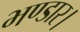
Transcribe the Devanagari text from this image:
भण्डार।